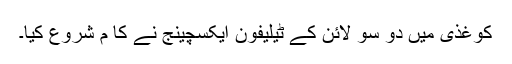
کوغذی میں دو سو لائن کے ٹیلیفون ایکسچینج نے کا م شروع کیا۔